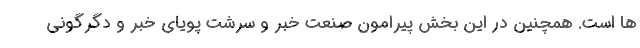
ها است. همچنین در این بخش پیرامون صنعت خبر و سرشت پویای خبر و دگرگونی